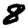
Digit: 8